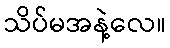
သိပ်မအနဲ့လေ။